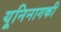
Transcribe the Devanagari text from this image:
यूनिनागकी